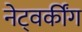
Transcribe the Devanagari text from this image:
नेट्वर्कींग